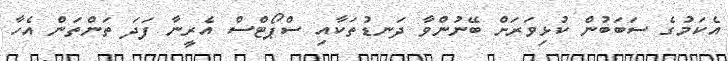
އެކަމުގެ ސަބަބުން ކުޅިވަރަށް ބޭނުންވާ ދަނޑުތަކާއި ސްޕޯޓްސް އެރީނާ ފަދަ ތަންތަން އެހާ